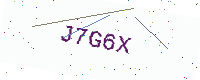
Text: J7G6X